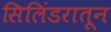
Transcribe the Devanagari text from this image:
सिलिंडरातून